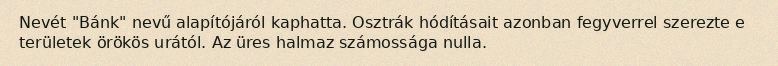
Nevét "Bánk" nevű alapítójáról kaphatta. Osztrák hódításait azonban fegyverrel szerezte e területek örökös urától. Az üres halmaz számossága nulla.